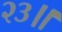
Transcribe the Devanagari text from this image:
२३॥